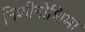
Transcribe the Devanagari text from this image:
निशीनोशिमा